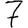
Digit: 7